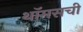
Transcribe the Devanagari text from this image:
थॉमसची